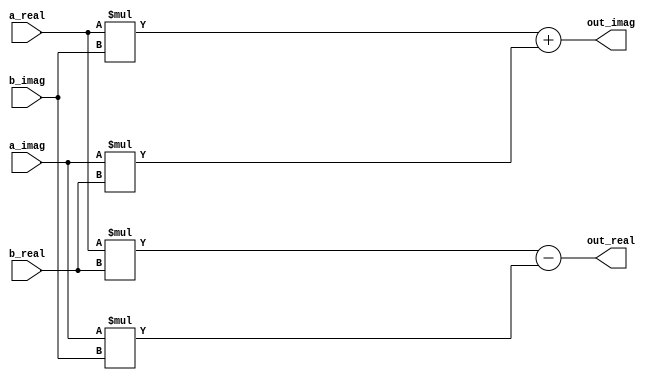
`default_nettype none
module complex_mult
#(
    parameter data_in_w = 8, 
    parameter data_out_w = 16
)
(
    input wire signed [data_in_w-1:0] a_real,
    input wire signed [data_in_w-1:0] a_imag,
    input wire signed [data_in_w-1:0] b_real,
    input wire signed [data_in_w-1:0] b_imag,

    output wire signed [data_out_w-1:0] out_real,
    output wire signed [data_out_w-1:0] out_imag
);

    assign out_real = a_real * b_real - a_imag * b_imag;
    assign out_imag = a_real * b_imag + a_imag * b_real;

endmodule